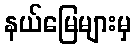
နယ်မြေများမှ